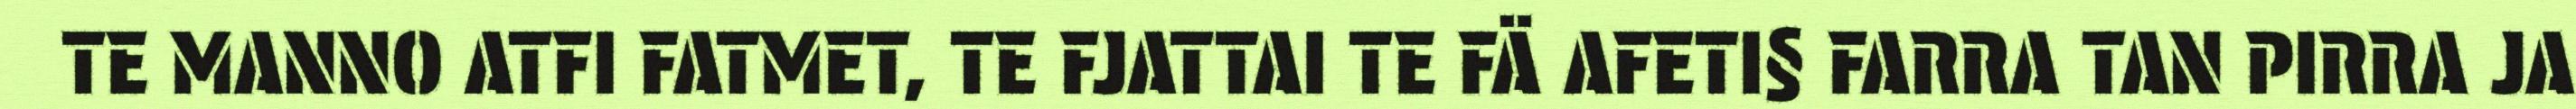
TE MANNO ATFI FATMET, TE FJATTAI TE FÄ AFETI§ FARRA TAN PIRRA JA